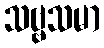
သဗ္ဗသမာ